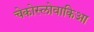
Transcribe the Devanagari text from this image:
चेकोस्लोवाकिआ